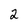
Character: 2